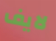
لايف